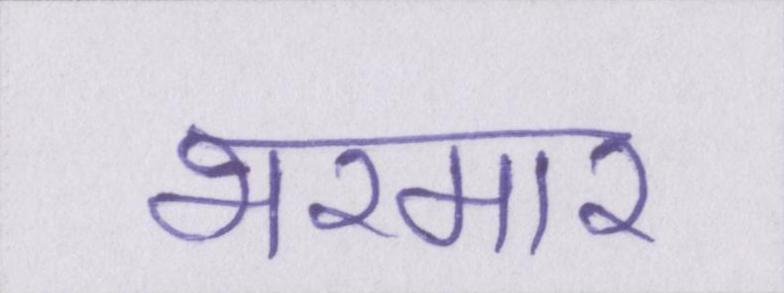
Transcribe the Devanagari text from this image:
भरमार